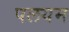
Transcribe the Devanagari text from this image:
पलयम